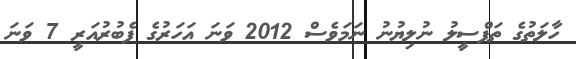
ހާލަތުގެ ތަފްސީލު ނުލިޔުނު ނަމަވެސް 2012 ވަނަ އަހަރުގެ ފެބުރުއަރީ 7 ވަނަ